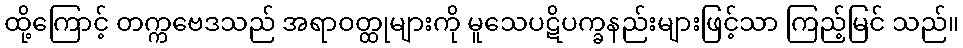
ထို့ကြောင့် တက္ကဗေဒသည် အရာဝတ္ထုများကို မူသေပဋိပက္ခနည်းများဖြင့်သာ ကြည့်မြင် သည်။